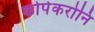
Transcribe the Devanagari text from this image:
कोपेकरोनि